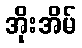
အိုးအိမ်